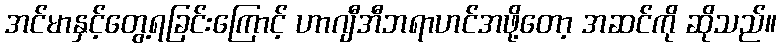
အင်မာနှင့်တွေ့ရခြင်းကြောင့် ဟာဂျီအီဘရာဟင်အဖို့တော့ အဆင်ကို ဆိုသည်။